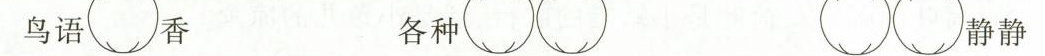
鸟语 香 各种 静静